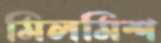
মিলমিশ